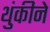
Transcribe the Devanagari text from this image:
थुंकीने